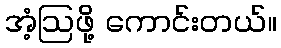
အံ့ဩဖို့ ကောင်းတယ်။